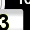
Digit: 3